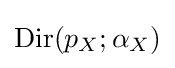
\mathrm {Dir} (p_{X};\alpha _{X})